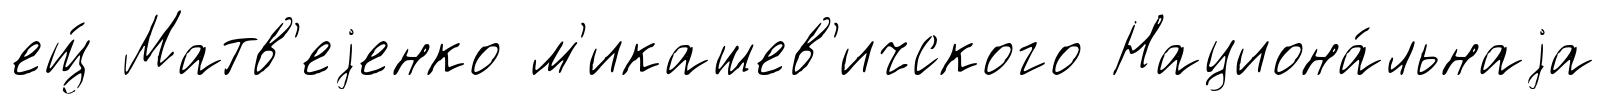
ещ́ Матв'еjенко м'икашев'ичского Национа́льнаjа